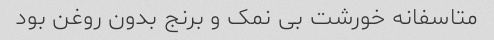
متاسفانه خورشت بی نمک و برنج بدون روغن بود